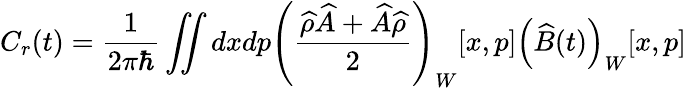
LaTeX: C_{r}(t)=\frac{1}{2\pi\hbar}\iint dxdp\left(\frac{\widehat{\rho}\widehat{A}+\widehat{A}\widehat{\rho}}{2}\right)_{W}[x,p]\left(\widehat{B}(t)\right)_{W}[x,p]